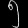
Digit: ၅